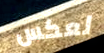
لعكس